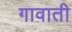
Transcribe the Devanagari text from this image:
गावाती